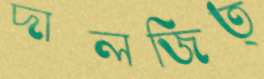
দালজিত্